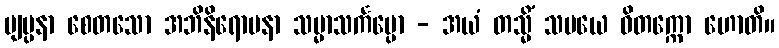
ဗျပ္ပနာ စေတသော အဘိနိရောပနာ သမ္မာသင်္ကပ္ပော - အယံ တသ္မိံ သမယေ ဝိတက္ကော ဟောတိ။